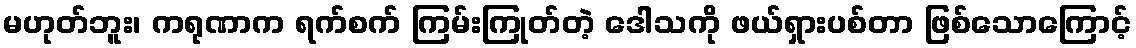
မဟုတ်ဘူး၊ ကရုဏာက ရက်စက် ကြမ်းကြုတ်တဲ့ ဒေါသကို ဖယ်ရှားပစ်တာ ဖြစ်သောကြောင့်